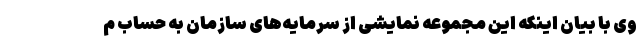
وی با بیان اینکه این مجموعه نمایشی از سرمایه‌های سازمان به حساب م